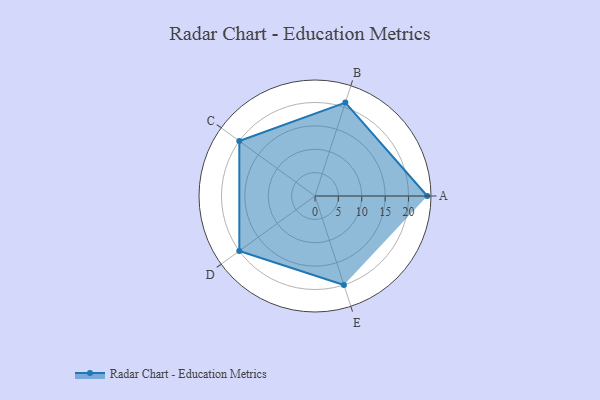
{"axis": {"x": "Skill", "y": "Score"}, "legend": ["Profile"], "data": [{"x": "A", "y": 24.0, "type": "Profile"}, {"x": "B", "y": 21.0, "type": "Profile"}, {"x": "C", "y": 20, "type": "Profile"}, {"x": "D", "y": 20, "type": "Profile"}, {"x": "E", "y": 20, "type": "Profile"}]}